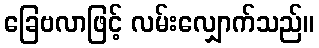
ခြေဗလာဖြင့် လမ်းလျှောက်သည်။